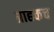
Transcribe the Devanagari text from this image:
ग्राहकच